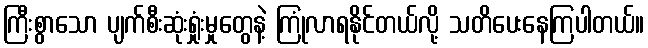
ကြီးစွာသော ပျက်စီးဆုံးရှုံးမှုတွေနဲ့ ကြုံလာရနိုင်တယ်လို့ သတိပေးနေကြပါတယ်။